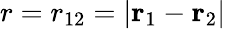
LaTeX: r=r_{12}=\left|\mathbf{r}_{1}-\mathbf{r}_{2}\right|